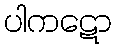
ပါကဋော